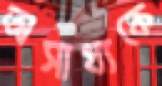
অসাধ্যকে